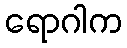
ရောဂါက